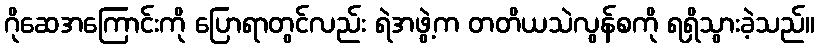
ဂိုဆေအကြောင်းကို ပြောရာတွင်လည်း ရဲအဖွဲ့က တတိယသဲလွန်စကို ရရှိသွားခဲ့သည်။